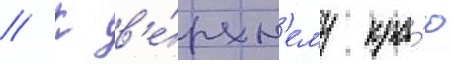
// К в'е́рхн'ему кра́ю